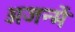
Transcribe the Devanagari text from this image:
अजन्में